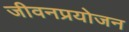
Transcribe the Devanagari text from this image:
जीवनप्रयोजन